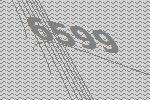
6599